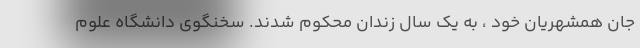
جان همشهریان خود ، به یک سال زندان محکوم شدند. سخنگوی دانشگاه علوم